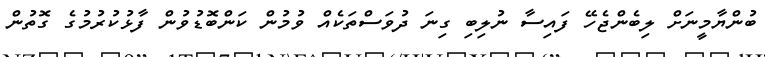
ބުންޔާމީނަށް ލިބެންޖެހޭ ފައިސާ ނުލިބި ގިނަ ދުވަސްތަކެއް ވުމުން ކަންބޮޑުވުން ފާޅުކުރުމުގެ ގޮތުން